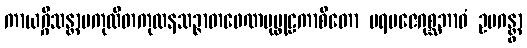
ကာယဂ္ဂိသန္တာပကုထိတကုထနသဉ္ဇာတဖေဏပုပ္ဖုဠကာစိတော ပရမဇေဂုစ္ဆဘာဝံ ဥပဂန္တွာ